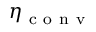
\eta _ { \mathrm { ~ c ~ o ~ n ~ v ~ } }